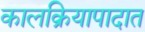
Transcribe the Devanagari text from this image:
कालक्रियापादात